Indian journal of veterinary science and animal husbandry - Volume 11,
Year: 1941
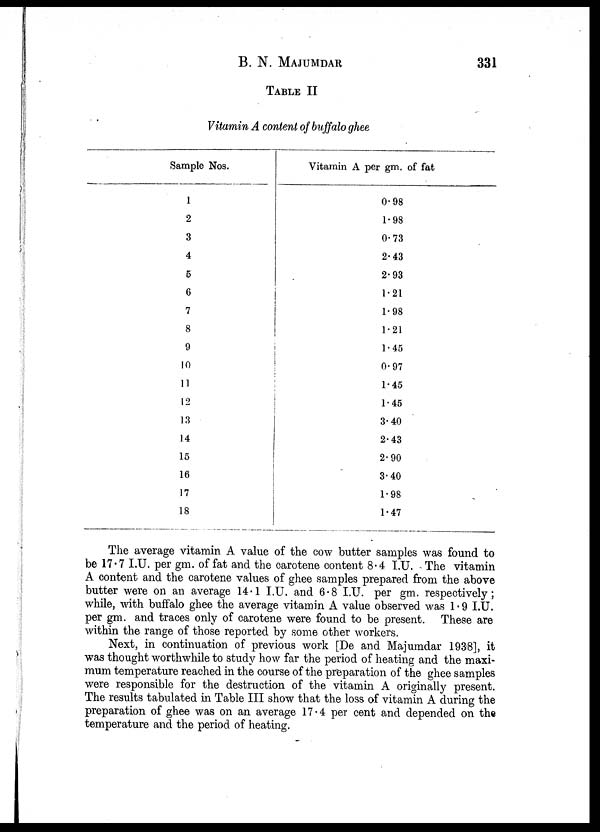
B. N.
MAJUMDAR
331
TABLE II
Vitamin A content of buffalo ghee
Sample Nos.
1
2
3
4
5
6
7
8
9
10
11
12
13
14
15
16
17
18
Vitamin A per gm. of fat
0.98
1.98
0.73
2.43
2.93
1.21
1.98
1.21
1.45
0.97
1.45
1.45
3.40
2.43
2.90
3.40
1.98
1.47
The average vitamin A value of the cow butter samples was found to
be 17.7 I.U. per gm. of fat and the carotene content 8.4 I.U. The vitamin
A content and the carotene values of ghee samples prepared from the above
butter were on an average 14.1 I.U. and 6.8 I.U. per gm. respectively ;
while, with buffalo ghee the average vitamin A value observed was 1.9 I.U.
per gm. and traces only of carotene were found to be present. These are
within the range of those reported by some other workers.
Next, in continuation of previous work [De and Majumdar 1938], it
was thought worthwhile to study how far the period of heating and the maxi-
mum temperature reached in the course of the preparation of the ghee samples
were responsible for the destruction of the vitamin A originally present.
The results tabulated in Table III show that the loss of vitamin A during the
preparation of ghee was on an average 17.4 per cent and depended on the
temperature and the period of heating.